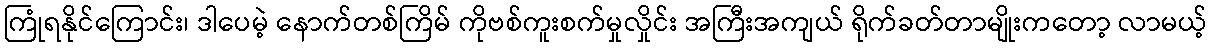
ကြုံရနိုင်ကြောင်း၊ ဒါပေမဲ့ နောက်တစ်ကြိမ် ကိုဗစ်ကူးစက်မှုလှိုင်း အကြီးအကျယ် ရိုက်ခတ်တာမျိုးကတော့ လာမယ့်